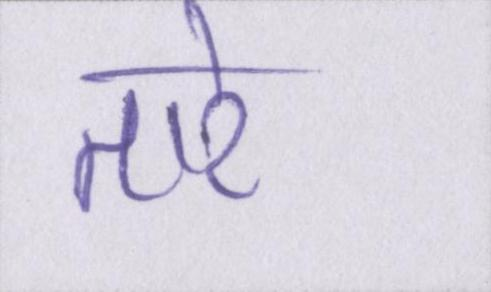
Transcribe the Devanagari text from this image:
तारे